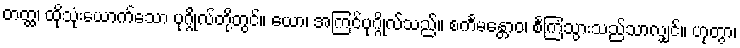
တတ္ထ၊ ထိုသုံးယောက်သော ပုဂ္ဂိုလ်တို့တွင်။ ယော၊ အကြင်ပုဂ္ဂိုလ်သည်။ စင်္ကမန္တောဝ၊ စင်္ကြံသွားသည်သာလျှင်။ ဟုတွာ၊